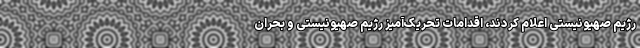
رژیم صهیونیستی اعلام کردند، اقدامات تحریک‌آمیز رژیم صهیونیستی و بحران